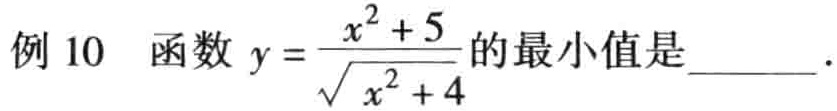
例 10  函数 \(y = \frac{x^{2}+5}{\sqrt{x^{2}+4}}\) 的最小值是______.